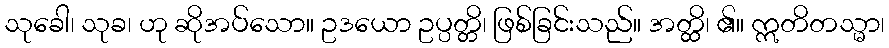
သုခေါ၊ သုခ၊ ဟု ဆိုအပ်သော။ ဥဒယော ဥပ္ပတ္တိ၊ ဖြစ်ခြင်းသည်။ အတ္ထိ၊ ၏။ ဣတိတသ္မာ၊